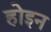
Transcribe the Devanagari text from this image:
होइन